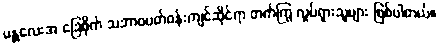
မန္တလေးအ ခြေစိုက် သဘာဝပတ်ဝန်းကျင်ဆိုင်ရာ တက်ကြွ လှုပ်ရှားသူများ ဖြစ်ပါတယ်။